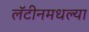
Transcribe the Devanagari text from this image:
लॅटीनमधल्या